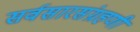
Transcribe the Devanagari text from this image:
सर्वसारसंग्रहणी